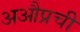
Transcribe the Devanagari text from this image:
अऔप्रची